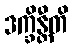
ဒက္ခိန္တီတိ